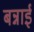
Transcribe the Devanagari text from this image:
बन्नाई